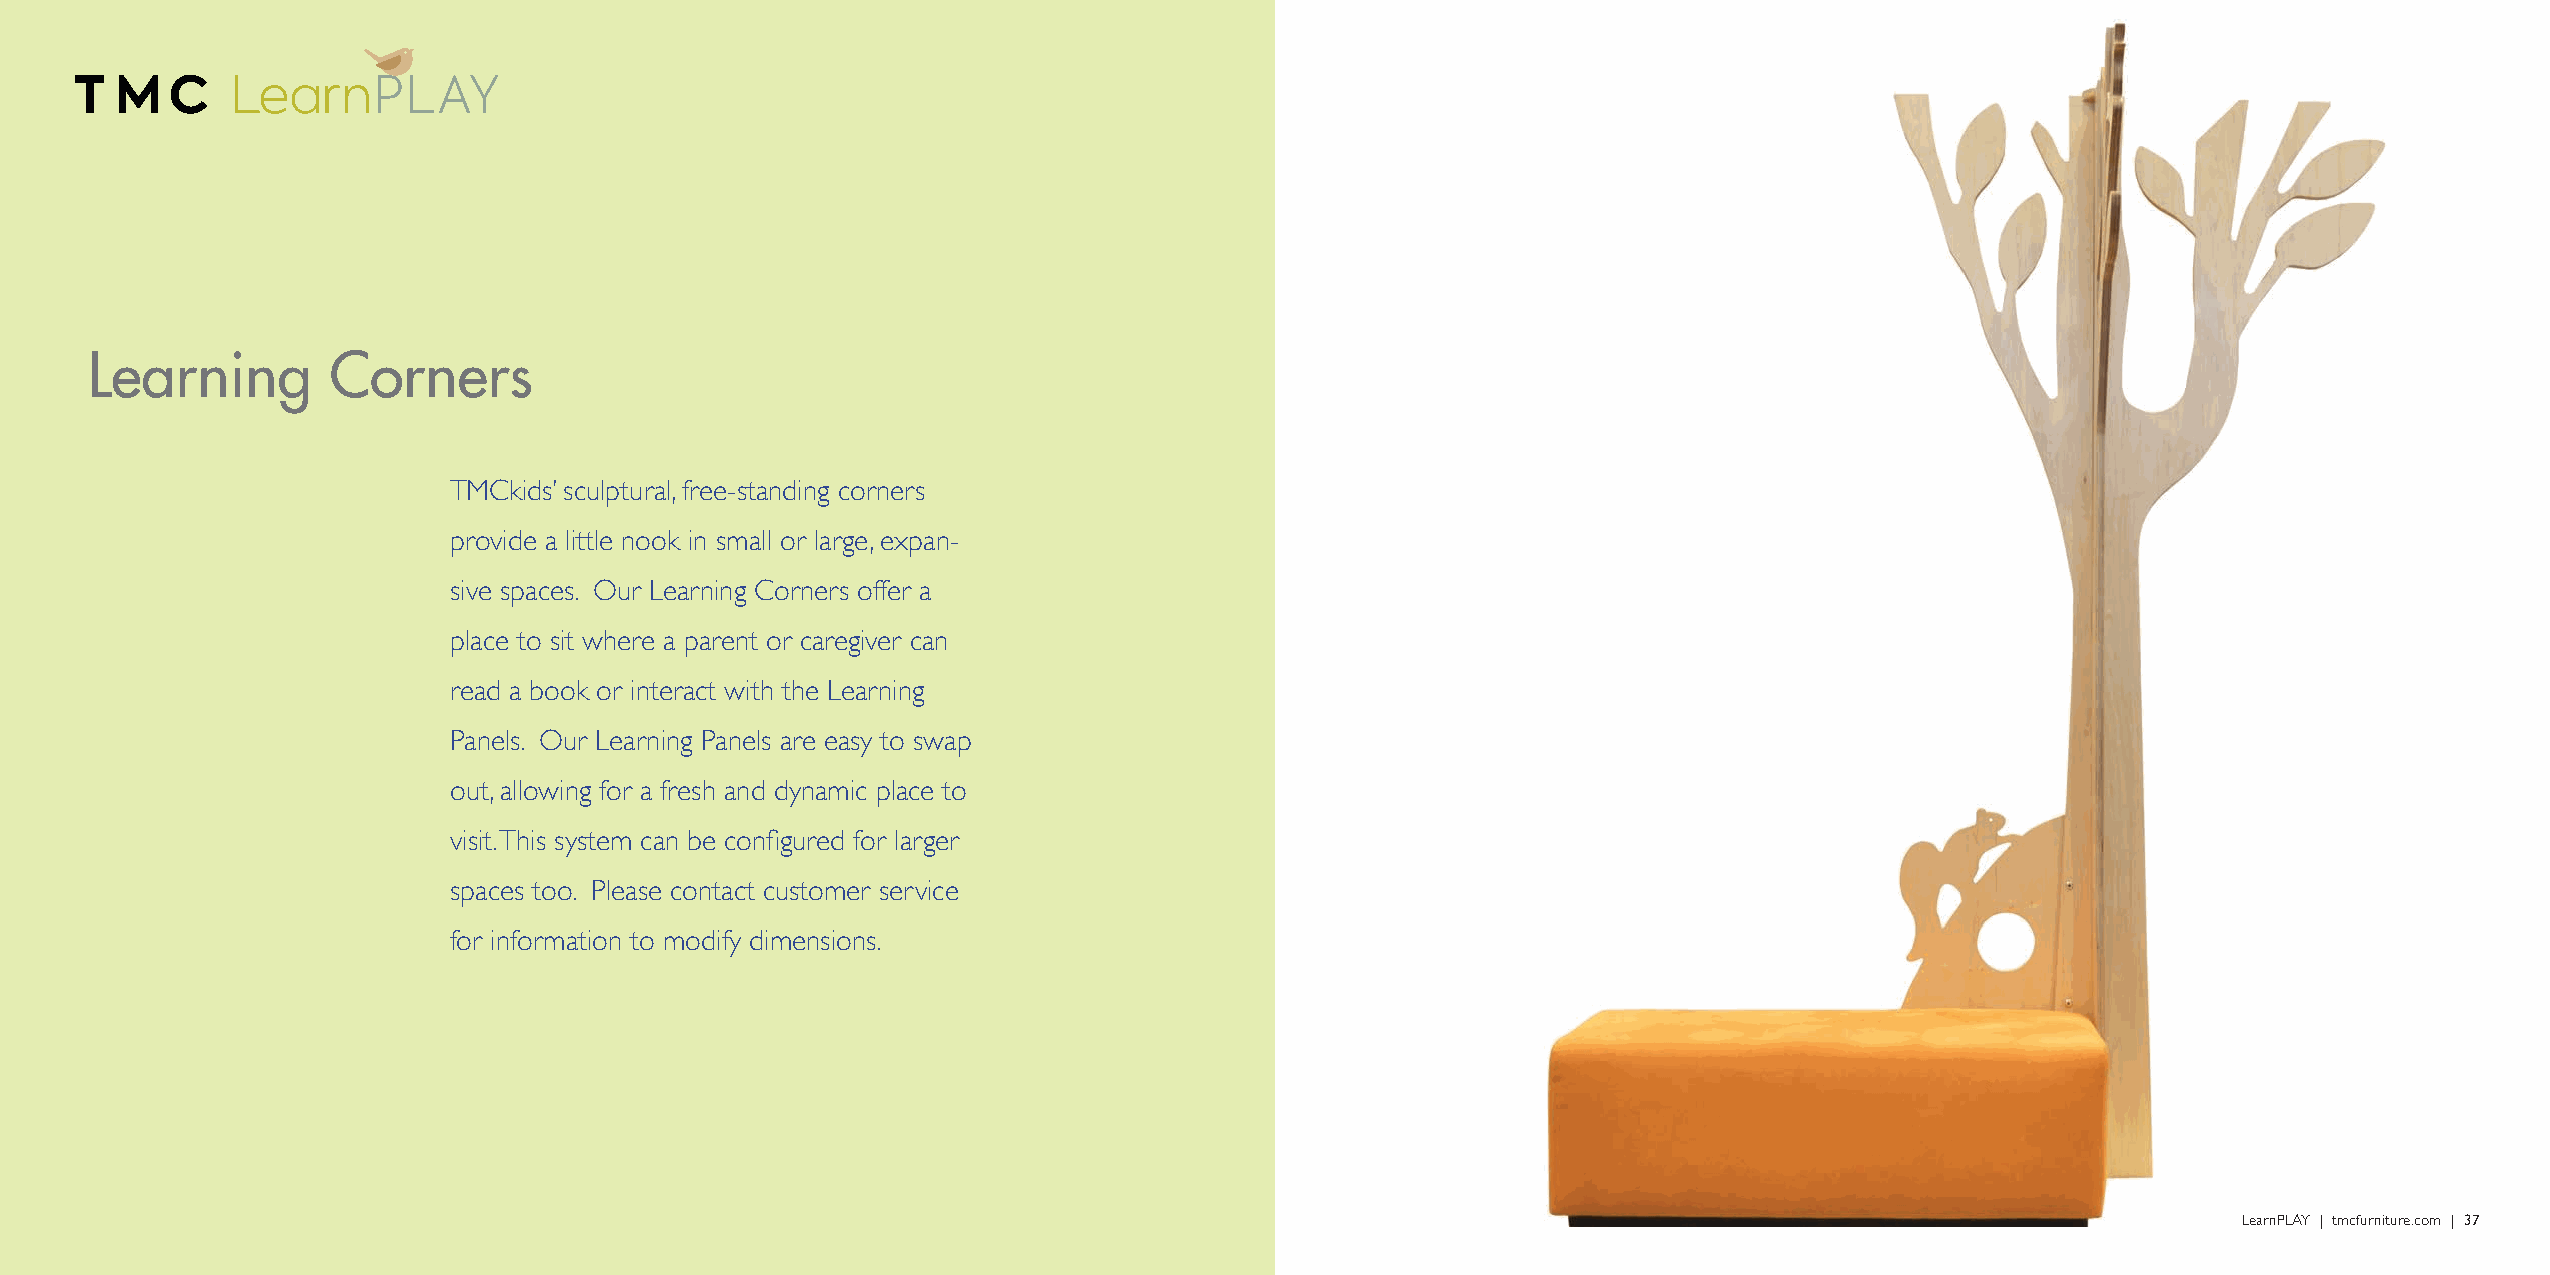
Learning        Corners
 TMCkids’ sculptural, free-standing corners
 provide a little nook in small or large, expan-
 sive spaces. Our Learning Corners offer a
 place to sit where a parent or caregiver can
 read a book or interact with the Learning
 Panels. Our Learning Panels are easy to swap
 out, allowing for a fresh and dynamic place to
 visit. This system can be configured for larger
 spaces too. Please contact customer service
 for information to modify dimensions.
 36 | LearnPLAY | tmcfurniture.com                                                                                                              LearnPLAY | tmcfurniture.com | 37